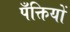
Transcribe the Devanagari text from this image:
पँक्तियों